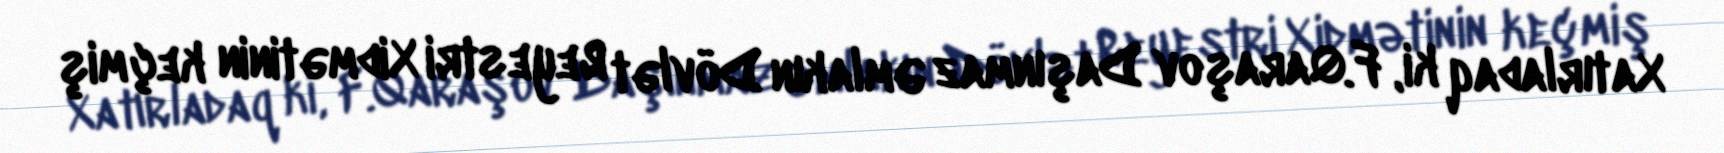
Xatırladaq ki, F.Qaraşov Daşınmaz Əmlakın Dövlət Reyestri Xidmətinin keçmiş